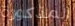
المذكورة